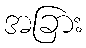
အခြား